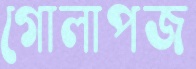
গোলাপজ